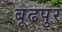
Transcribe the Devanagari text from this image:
बूढपुर